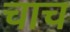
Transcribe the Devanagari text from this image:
चाच